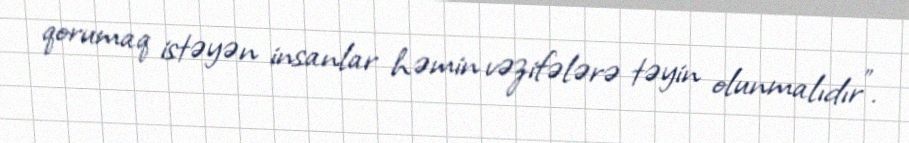
qorumaq istəyən insanlar həmin vəzifələrə təyin olunmalıdır”.